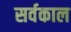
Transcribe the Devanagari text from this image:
सर्वकाल